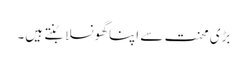
بڑی محنت سے اپنا گھونسلا بُنتے ہیں۔